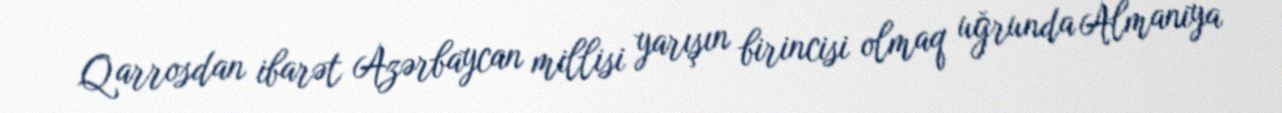
Qarrosdan ibarət Azərbaycan millisi yarışın birincisi olmaq uğrunda Almaniya